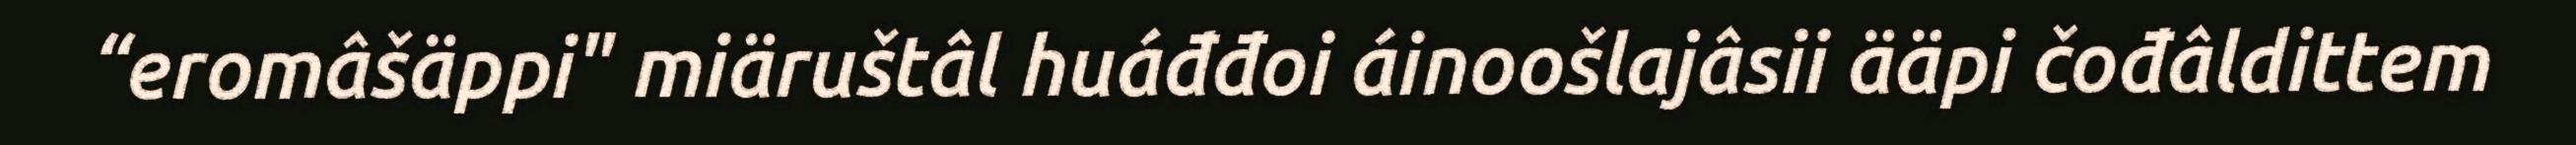
“eromâšäppi" miäruštâl huáđđoi áinoošlajâsii ääpi čođâldittem